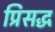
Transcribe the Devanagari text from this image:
प्रिसद्ध